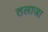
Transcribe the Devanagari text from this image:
तलाजा